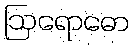
ဩရောဓော